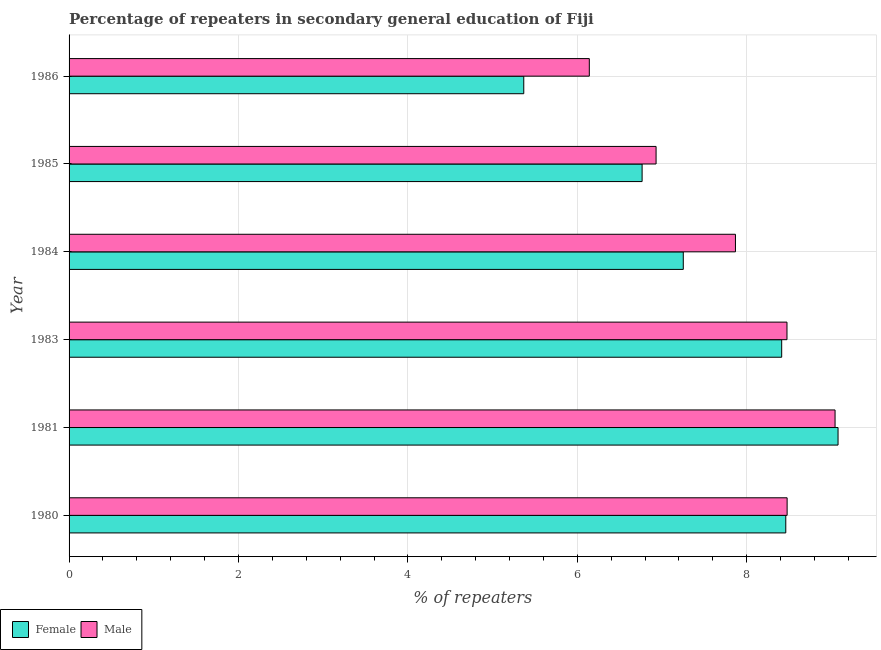
| Year | Female | Male |
 | --- | --- | --- |
 | 1980 | 8.46 | 8.48 |
 | 1981 | 9.08 | 9.04 |
 | 1983 | 8.41 | 8.48 |
 | 1984 | 7.25 | 7.87 |
 | 1985 | 6.76 | 6.93 |
 | 1986 | 5.37 | 6.14 |